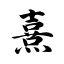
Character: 熹